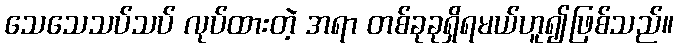
သေသေသပ်သပ် လုပ်ထားတဲ့ အရာ တစ်ခုခုရှိရမယ်ဟူ၍ဖြစ်သည်။